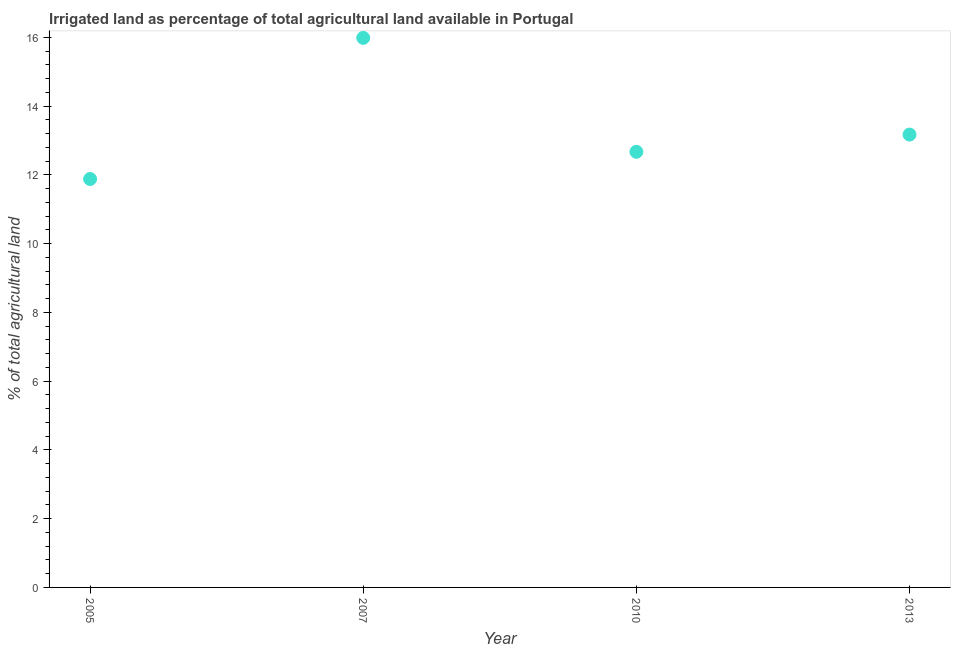
| Year | Agricultural irrigated land  |
 | --- | --- |
 | 2005 | 11.9 |
 | 2007 | 16 |
 | 2010 | 12.7 |
 | 2013 | 13.2 |